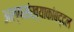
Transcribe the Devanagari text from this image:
अल्पसंख्याकांबद्दल